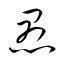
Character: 愚